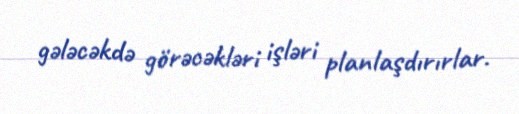
gələcəkdə görəcəkləri işləri planlaşdırırlar.